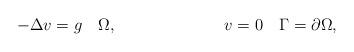
LaTeX: \begin{align*} -\Delta v &= g \quad\Omega, & v &= 0 \quad\Gamma=\partial\Omega,\end{align*}